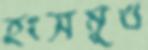
হংসমুখ